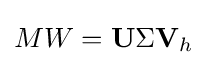
MW=\mathbf {U} \Sigma \mathbf {V} _{h}